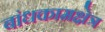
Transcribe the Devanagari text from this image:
बांधकामक्षेत्र